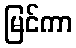
မြင်ကာ